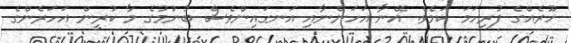
ހޫރެއްގެ ފުރިހަމަ ކަމެވެ. އޭނާ އަހަންނާއި އަނގައިންވެސް ބުނުމުގެ މާ ކުރީން އަހަރެންގެ